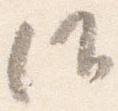
候